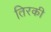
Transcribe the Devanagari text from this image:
तिरकी